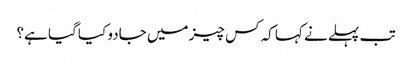
تب پہلے نے کہا کہ کس چیز میں جادو کیا گیا ہے؟